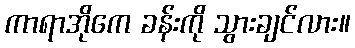
ကာရာအိုကေ ခန်းကို သွားချင်လား။